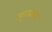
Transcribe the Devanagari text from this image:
कृत्यांचा